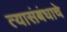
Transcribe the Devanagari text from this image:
त्यासंबंधाचे